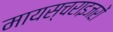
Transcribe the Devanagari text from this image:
मायस्चराइजरों